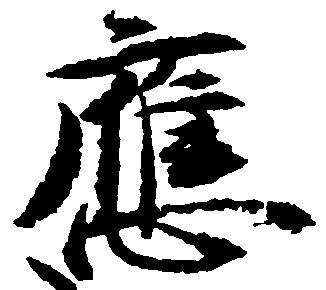
応